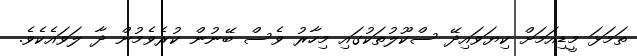
ތަމަޅަ މީޑިއަމަށް ކިޔަވައިދޭ ސްކޫލުތަކުގައި މިހާރު ވެސް ބޭނުން ކުރެވެމުން ދާ ލަވައެކެވެ.